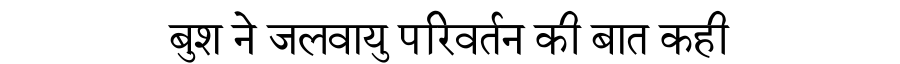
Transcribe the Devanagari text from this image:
बुश ने जलवायु परिवर्तन की बात कही